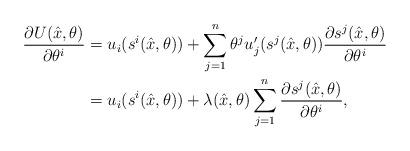
LaTeX: \begin{align*}\frac{\partial{U(\hat{x},\theta)}}{\partial{\theta^i}}&=u_i(s^i(\hat{x},\theta))+ \sum_{j=1}^n \theta^j u_j'(s^j(\hat{x},\theta))\frac{\partial{s^j(\hat{x},\theta)}}{\partial{\theta^i}}\\&=u_i(s^i(\hat{x},\theta))+ \lambda(\hat{x},\theta)\sum_{j=1}^n \frac{\partial{s^j(\hat{x},\theta)}}{\partial{\theta^i}},\end{align*}